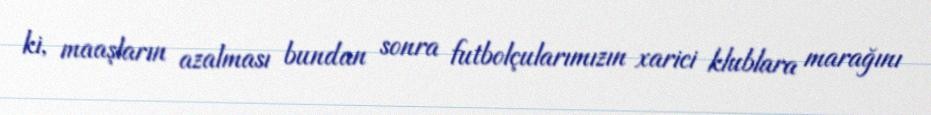
ki, maaşların azalması bundan sonra futbolçularımızın xarici klublara marağını